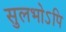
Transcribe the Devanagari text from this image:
सुलभोऽपि